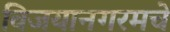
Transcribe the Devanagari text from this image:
विजयानगरमचे